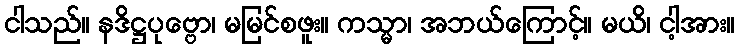
ငါသည်။ နဒိဋ္ဌပုဗ္ဗော၊ မမြင်စဖူး။ ကသ္မာ၊ အဘယ်ကြောင့်။ မယိ၊ ငါ့အား။